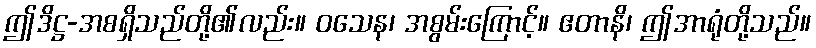
ဤဒိဋ္ဌ-အစရှိသည်တို့၏လည်း။ ဝသေန၊ အစွမ်းကြောင့်။ ဧတာနိ၊ ဤအာရုံတို့သည်။